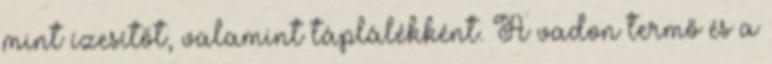
mint ízesítőt, valamint táplálékként. A vadon termő és a